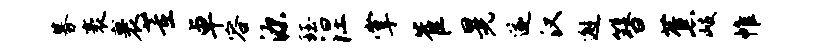
募袤裹董卓容源珏涅掌崔晃遂汉邂簪蕉岐帷